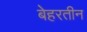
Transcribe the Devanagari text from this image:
बेहरतीन